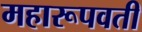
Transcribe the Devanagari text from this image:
महारूपवती